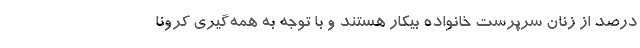
درصد از زنان سرپرست خانواده بیکار هستند و با توجه به همه‌گیری کرونا